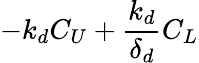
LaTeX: -k_{d}C_{U}+\frac{k_{d}}{\delta_{d}}C_{L}